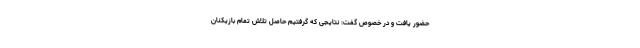
حضور یافت و در خصوص گفت: نتایجی که گرفتیم حاصل تلاش تمام بازیکنان